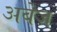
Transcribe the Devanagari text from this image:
अबेज